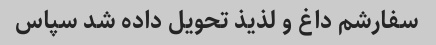
سفارشم داغ و لذیذ تحویل داده شد سپاس